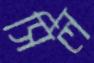
সিল